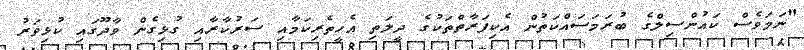
"ނަމަވެސް ކައުންސިލްގެ ބުރަމަސައްކަތުން އެކިފަރާތްތަކުގެ ދީލަތި އެހީތެރިކަމާއި ސަރުކާރާއި ގުޅިގެން ވާދޫގައި ކުޅިވަރު